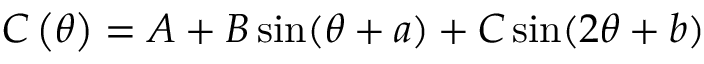
C \left( \theta \right) = A + B \sin ( \theta + a ) + C \sin ( 2 \theta + b )